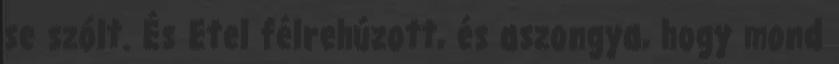
se szólt. És Etel félrehúzott, és aszongya, hogy mond